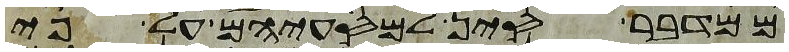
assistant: ממדבר סין למסעיהם על פי